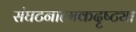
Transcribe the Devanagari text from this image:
संघटनात्मकदृष्ट्या